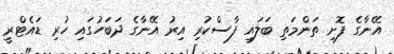
އޭނާގެ ފޮށި ތަންމަތި ބަލައި ފާސްކުރި އިރު އޭނާގެ ދަބަހުގައި ހުރި ޑައެޓްރީ